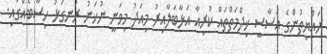
ރައްޔިތުންގެ އަސާސީ ޚިދްމަތްތައް ކުރިއާ އަޅާބަލާއިރު މިއަދު މިވަނީ ނުހަނު ރަނގަޅު ހިސާބެއްގައި.